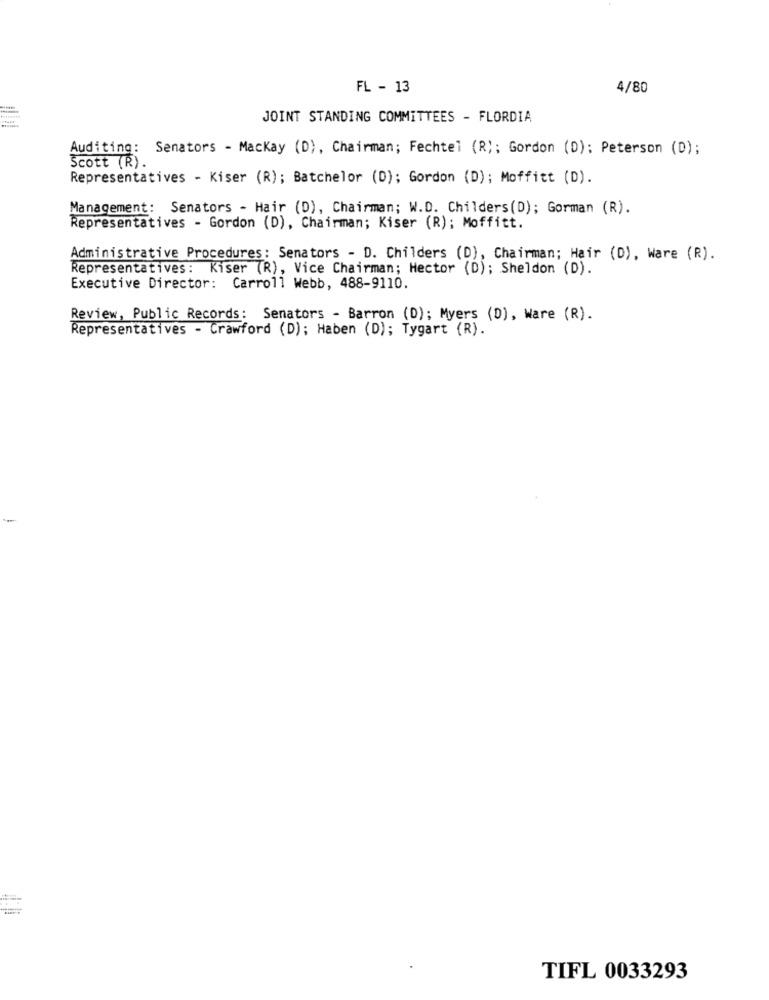
FL - 13
4/80
JOINT STANDING COMMITTEES - FLORDIA
Auditing: Senators - Mackay (D), Chairman; Fechtel (R); Gordon (D); Peterson (D);
Scott (R).
Representatives - Kiser (R); Batchelor (D); Gordon (D); Moffitt (D).
Management: Senators - Hair (D), Chairman; W.D. Childers(D); Gorman (R).
Representatives - Gordon (D), Chairman; Kiser (R); Moffitt.
Administrative Procedures : Senators - D. Childers (D), Chairman; Hair (D), Ware (R).
Representatives: Kiser (R), Vice Chairman; Hector (D); Sheldon (D).
Executive Director: Carroll Webb, 488-9110.
Review, Public Records: Senators - Barron (D); Myers (D), Ware (R).
Representatives - Crawford (D); Haben (D); Tygart (R).
-
TIFL 0033293